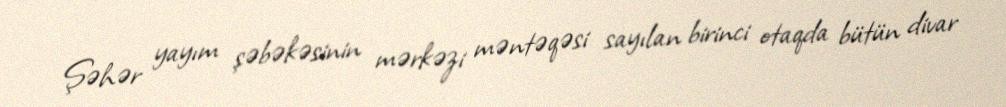
Şəhər yayım şəbəkəsinin mərkəzi məntəqəsi sayılan birinci otaqda bütün divar